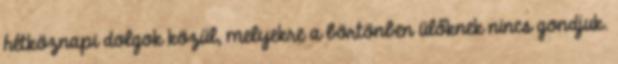
hétköznapi dolgok közül, melyekre a börtönben ülőknek nincs gondjuk.